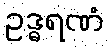
ဥဒ္ဓရဏံ